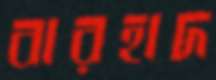
বারহাদ